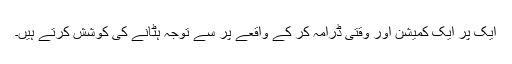
ایک پر ایک کمیشن اور وقتی ڈرامہ کر کے واقعے پر سے توجہ ہٹانے کی کوشش کرتے ہیں۔